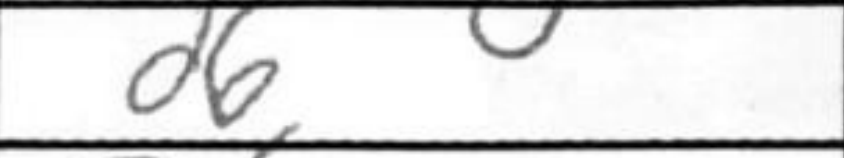
Transcription: d6